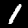
Label: 1